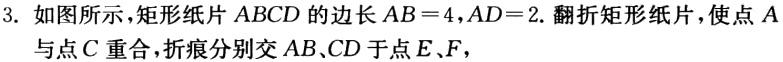
3. 如图所示，矩形纸片 \(ABCD\) 的边长 \(AB = 4\)，\(AD = 2\). 翻折矩形纸片，使点 \(A\) 与点 \(C\) 重合，折痕分别交 \(AB\)、\(CD\) 于点 \(E\)、\(F\)，